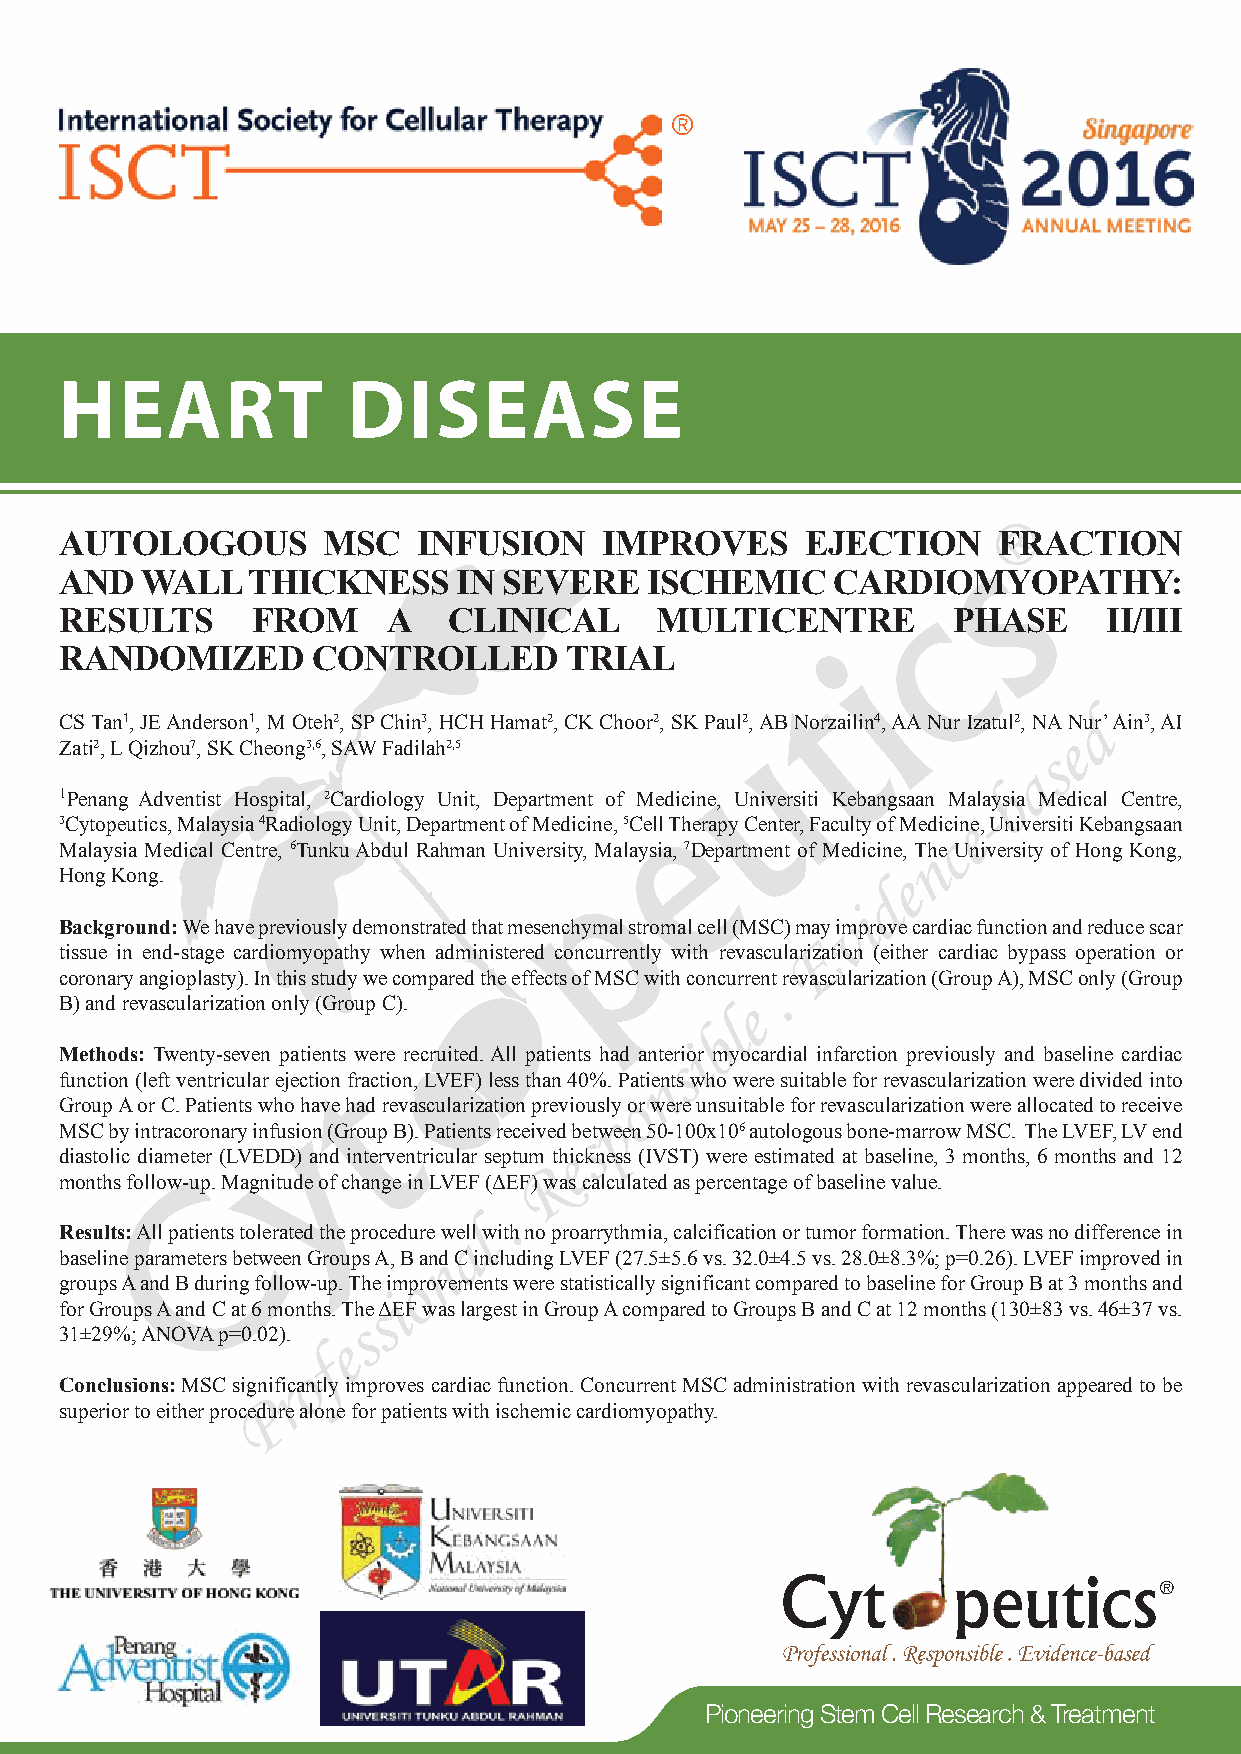
HEART              DISEASE
 AUTOLOGOUS       MSC    INFUSION    IMPROVES     EJECTION     FRACTION
 AND  WALL   THICKNESS     IN SEVERE    ISCHEMIC    CARDIOMYOPATHY:
 RESULTS      FROM     A   CLINICAL     MULTICENTRE         PHASE     II/III
 RANDOMIZED       CONTROLLED      TRIAL
 CS Tan1, JE Anderson1, M Oteh2, SP Chin3, HCH Hamat2, CK Choor2, SK Paul2, AB Norzailin4, AA Nur Izatul2, NA Nur’ Ain3, AI
 Zati2, L Qizhou7, SK Cheong3,6, SAW Fadilah2,5
 1Penang Adventist Hospital, 2Cardiology Unit, Department of Medicine, Universiti Kebangsaan Malaysia Medical Centre,
 3Cytopeutics, Malaysia 4Radiology Unit, Department of Medicine, 5Cell Therapy Center, Faculty of Medicine, Universiti Kebangsaan
 Malaysia Medical Centre, 6Tunku Abdul Rahman University, Malaysia, 7Department of Medicine, The University of Hong Kong,
 Hong Kong.
 Background: We have previously demonstrated that mesenchymal stromal cell (MSC) may improve cardiac function and reduce scar
 tissue in end-stage cardiomyopathy when administered concurrently with revascularization (either cardiac bypass operation or
 coronary angioplasty). In this study we compared the effects of MSC with concurrent revascularization (Group A), MSC only (Group
 B) and revascularization only (Group C).
 Methods: Twenty-seven patients were recruited. All patients had anterior myocardial infarction previously and baseline cardiac
 function (left ventricular ejection fraction, LVEF) less than 40%. Patients who were suitable for revascularization were divided into
 Group A or C. Patients who have had revascularization previously or were unsuitable for revascularization were allocated to receive
 MSC by intracoronary infusion (Group B). Patients received between 50-100x106 autologous bone-marrow MSC. The LVEF, LV end
 diastolic diameter (LVEDD) and interventricular septum thickness (IVST) were estimated at baseline, 3 months, 6 months and 12
 months follow-up. Magnitude of change in LVEF (ΔEF) was calculated as percentage of baseline value.
 Results: All patients tolerated the procedure well with no proarrythmia, calcification or tumor formation. There was no difference in
 baseline parameters between Groups A, B and C including LVEF (27.5±5.6 vs. 32.0±4.5 vs. 28.0±8.3%; p=0.26). LVEF improved in
 groups A and B during follow-up. The improvements were statistically significant compared to baseline for Group B at 3 months and
 for Groups A and C at 6 months. The ΔEF was largest in Group A compared to Groups B and C at 12 months (130±83 vs. 46±37 vs.
 31±29%; ANOVA p=0.02).
 Conclusions: MSC significantly improves cardiac function. Concurrent MSC administration with revascularization appeared to be
 superior to either procedure alone for patients with ischemic cardiomyopathy.
 Pioneering Stem Cell Research & Treatment